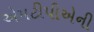
એમટીપીએની